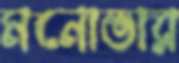
মনোভার